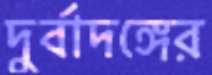
দুর্বাদঙ্গের